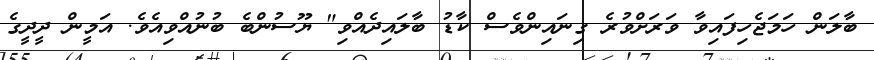
ބާލަން ހަމަޖެހިފައިވާ ވަރަށްވުރެ ގިނައިންވެސް ކާޑު ބާލައިދެއްވި" ޔޫސުންބެ ބުނުއްވިއެވެ. އަމީން ދީދީގެ